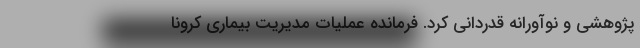
پژوهشی و نوآورانه قدردانی کرد. فرمانده عملیات مدیریت بیماری کرونا